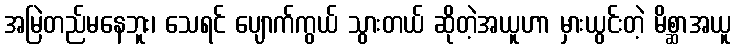
အမြဲတည်မနေဘူး၊ သေရင် ပျောက်ကွယ် သွားတယ် ဆိုတဲ့အယူဟာ မှားယွင်းတဲ့ မိစ္ဆာအယူ